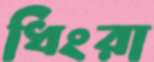
ধিংরা